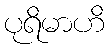
ပုရိမာဟိ